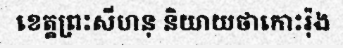
ខេត្តព្រះសីហនុ និយាយថាកោះរ៉ុង